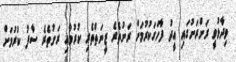
ވިދާޅުވީ ރަށްރަށުގައި އީދު ފާހަގަކުރުމަށް ރަށުތެރެ ޒީނަތްތެރި ކުރުމާއި ރަށުތެރެ ސާފު ކުރުމަށް